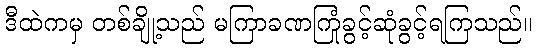
ဒီထဲကမှ တစ်ချို့သည် မကြာခဏကြုံခွင့်ဆုံခွင့်ရကြသည်။